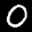
Label: 0